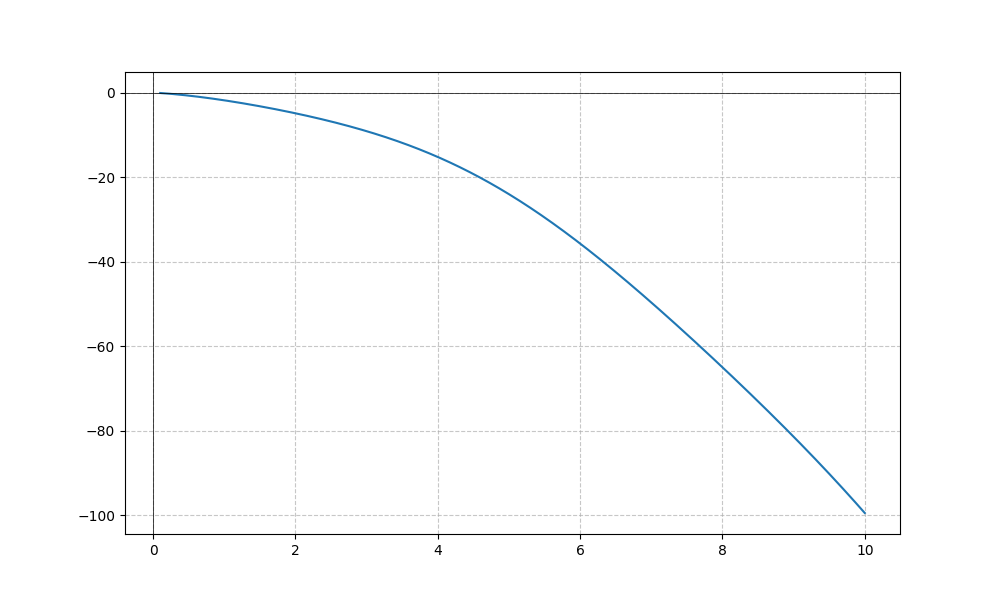
LaTeX formula: - x^{2} - \sin{\left(x \right)}